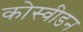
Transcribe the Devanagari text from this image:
कोस्वीडन